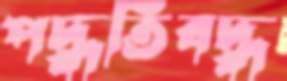
পদ্ধতিবদ্ধ